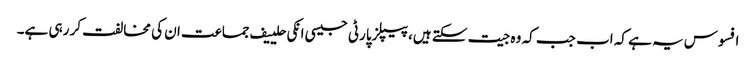
افسوس یہ ہے کہ اب جب کہ وہ جیت سکتے ہیں، پیپلزپارٹی جیسی انکی حلییف جماعت ان کی مخالفت کر رہی ہے۔